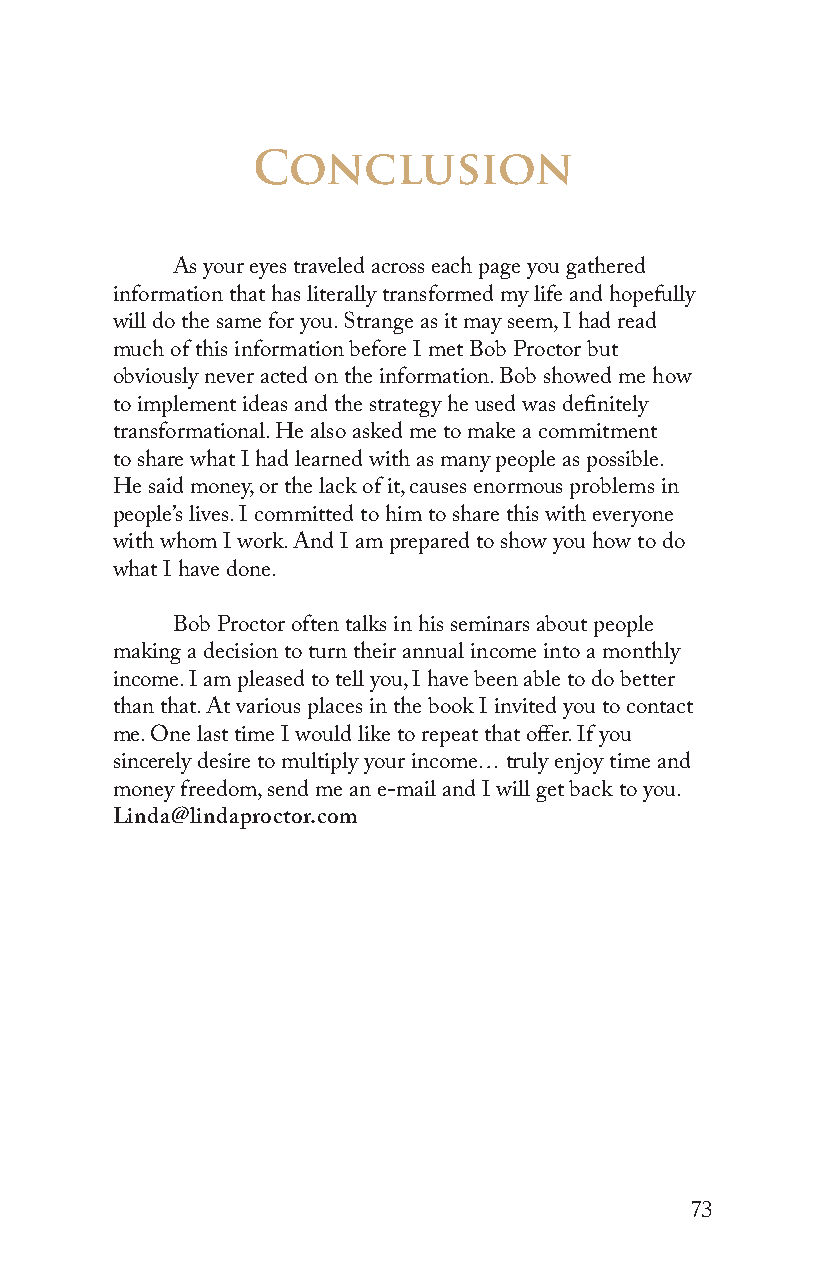
Conclusion
 As your eyes traveled across each page you gathered
 information that has literally transformed my life and hopefully
 will do the same for you. Strange as it may seem, I had read
 much of this information before I met Bob Proctor but
 obviously never acted on the information. Bob showed me how
 to implement ideas and the strategy he used was definitely
 transformational. He also asked me to make a commitment
 to share what I had learned with as many people as possible.
 He said money, or the lack of it, causes enormous problems in
 people’s lives. I committed to him to share this with everyone
 with whom I work. And I am prepared to show you how to do
 what I have done.
 Bob Proctor often talks in his seminars about people
 making a decision to turn their annual income into a monthly
 income. I am pleased to tell you, I have been able to do better
 than that. At various places in the book I invited you to contact
 me. One last time I would like to repeat that offer. If you
 sincerely desire to multiply your income… truly enjoy time and
 money freedom, send me an e-mail and I will get back to you.
 Linda@lindaproctor.com
 73